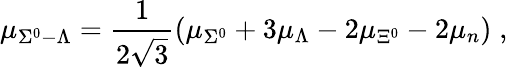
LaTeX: \mu_{\Sigma^{0}-\Lambda}=\frac{1}{2\sqrt{3}}\left(\mu_{\Sigma^{0}}+3\mu_{\Lambda}-2\mu_{\Xi^{0}}-2\mu_{n}\right)\; ,